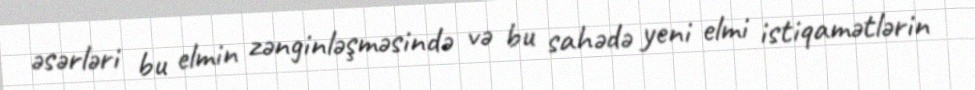
əsərləri bu elmin zənginləşməsində və bu sahədə yeni elmi istiqamətlərin